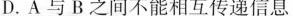
D.A与B之间不能相互传递信息